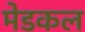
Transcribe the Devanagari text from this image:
मेडकल